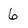
Character: 6